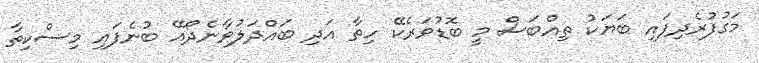
މަގުފުރެދިފައި ބަޔަކު ތިއްބަސް މީ ބޮޑުވަރެކޭ ހިތާ އަދި ބައްދަލުވާނެދޯއޭ ބުނެފައި މިސްކިތާ